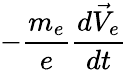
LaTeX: -\frac{m_{e}}{e}\frac{d\vec{V}_{e}}{dt}